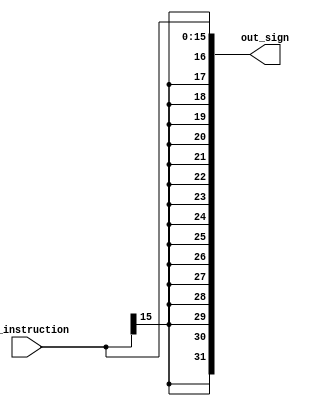
`timescale 1ns / 1ps

module SE(
    input wire [15:0] in_instruction,      //Entrada proveniente del latch 1 IF/ID
    output wire [31:0] out_sign            //Salida hacia latch 2 ID/EX
    );
   
   assign out_sign = $signed(in_instruction);    // La funcion signed extiende el dato CON signo

endmodule